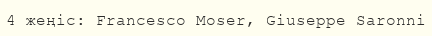
4 жеңіс: Francesco Moser, Giuseppe Saronni